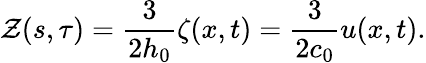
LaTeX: \mathcal{Z}(s,\tau)=\frac{3}{2h_{0}}\zeta(x,t)=\frac{3}{2c_{0}}u(x,t).